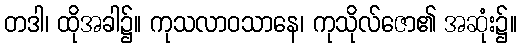
တဒါ၊ ထိုအခါ၌။ ကုသလာဝသာနေ၊ ကုသိုလ်ဇော၏ အဆုံး၌။